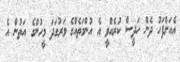
އެއަށްފަހު ދެން ހަދީސް ކުރެއްވީ އެ އުންމަތެއްގެ ވަރުގަދަ މީހުންގެ އަތުން އެ